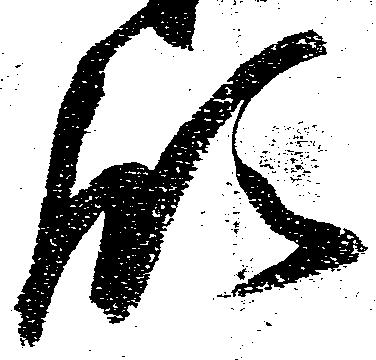
領